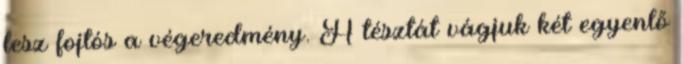
lesz fojtós a végeredmény. A tésztát vágjuk két egyenlő